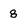
Character: 8